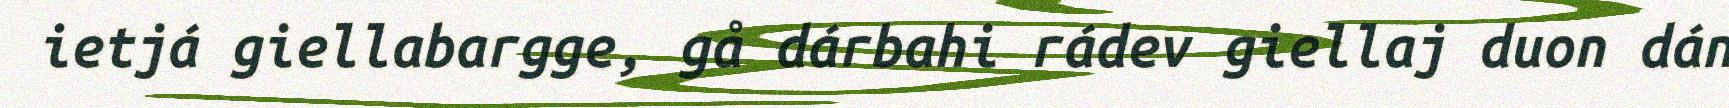
ietjá giellabargge, gå dárbahi rádev giellaj duon dán